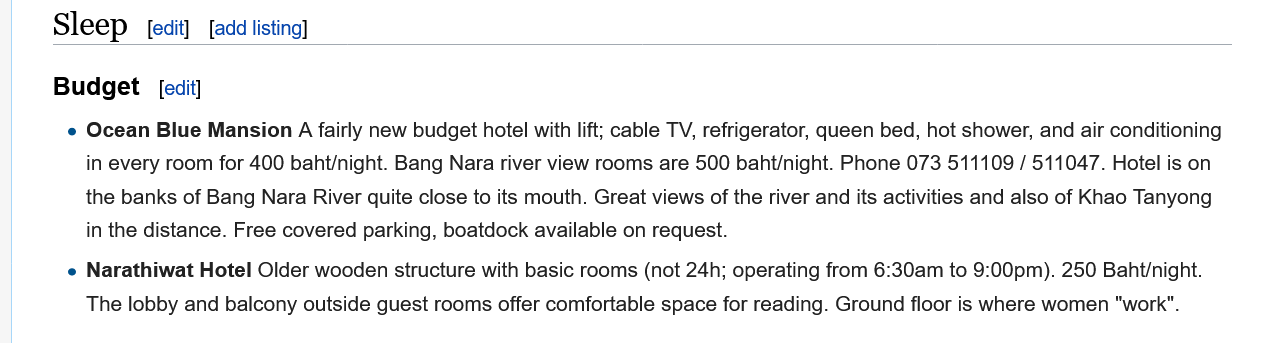
Sleep    add listing]
     cally Budget
     » Ocean Blue Mansion A fairly new budget hotel with lift; cable TV, refrigerator, queen bed, hot shower, and air conditioning
     in every room for 400 baht/night. Bang Nara river view rooms are 500 baht/night. Phone 073 511109 / 511047. Hotel is on
     the banks of Bang Nara River quite close to its mouth. Great views of the river and its activities and also of Khao Tanyong
     in the distance. Free covered parking, boatdock available on request.
     e Narathiwat Hotel Older wooden structure with basic rooms (not 24h; operating from 6:30am to 9:00pm). 250 Baht/night.
     The lobby and balcony outside guest rooms offer comfortable space for reading. Ground floor is where women "work".